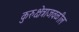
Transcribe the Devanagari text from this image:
कुरुक्षेत्राजवळील